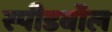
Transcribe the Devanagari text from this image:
स्पीडबॉल